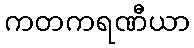
ကတကရဏီယာ